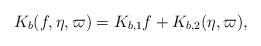
LaTeX: \begin{align*} K_b(f,\eta,\varpi) = K_{b,1} f + K_{b,2}(\eta,\varpi), \end{align*}